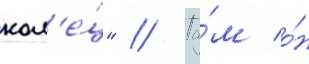
кол'е́ц" // Та́м о́н